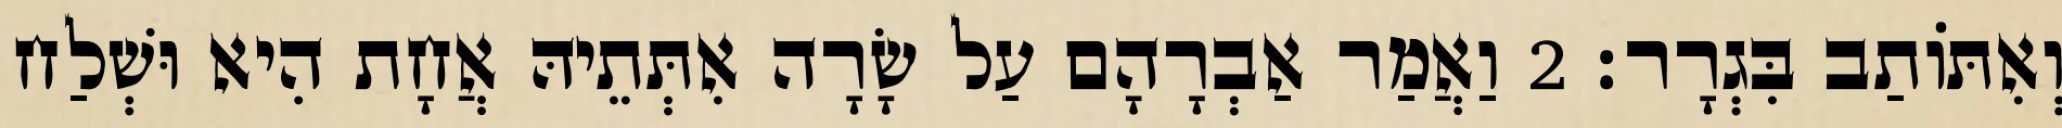
וְאִתּוֹתַב בִּגְרָר׃ 2 וַאֲמַר אַבְרָהָם עַל שָׂרָה אִתְּתֵיהּ אֲחָת הִיא וּשְׁלַח